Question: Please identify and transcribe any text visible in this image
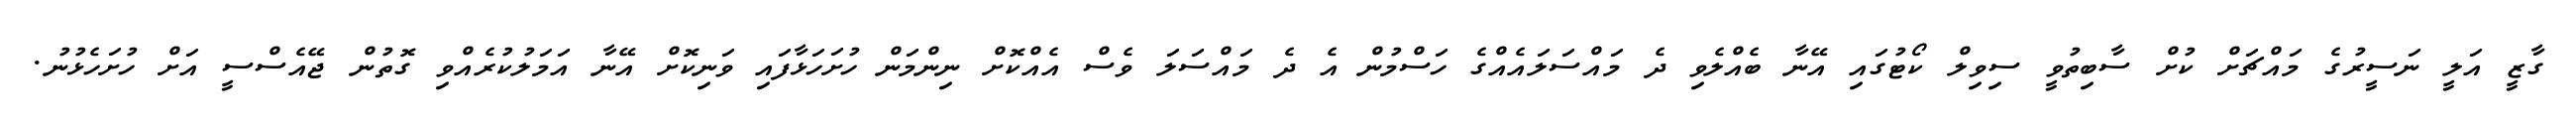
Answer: ގާޒީ އަލީ ނަސީރުގެ މައްޗަށް ކުށް ސާބިތުވީ ސިވިލް ކޯޓުގައި އޭނާ ބެއްލެވި ދެ މައްސަލައެއްގެ ހަސްމުން އެ ދެ މައްސަލަ ވެސް އެއްކޮށް ނިންމަން ހުށަހަޅާފައި ވަނިކޮށް އޭނާ އަމަލުކުރެއްވި ގޮތުން ޖޭއެސްސީ އަށް ހުށަހެޅުނު.